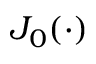
J _ { 0 } ( \cdot )